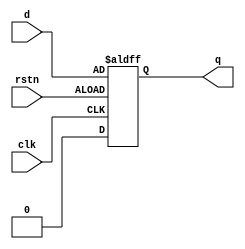
module DFF(d,clk,rstn,q);
	input d,clk,rstn;
	output reg q;
	always@(posedge clk or posedge rstn)
	if(!rstn)
		q<=0;
	else
		q<=d;
endmodule